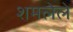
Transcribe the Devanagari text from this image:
शमलेले